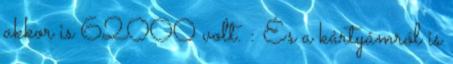
akkor is 62000 volt. : És a kártyámról is